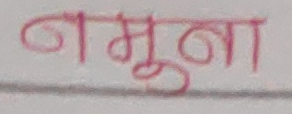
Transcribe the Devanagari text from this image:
नमूना